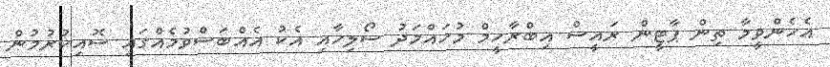
އެހެންވީމާ ތިން ޕާޓީން ރައީސް އިބްރާހީމް މުހައްމަދު ސޯލިހާއި އެކު އެއްބަސްވުމެއްގައި ސޮއިކުރުމުން